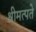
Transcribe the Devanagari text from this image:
श्रीमत्पते